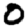
Digit: 0